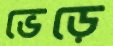
ভেড়ে